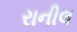
રાનીલ